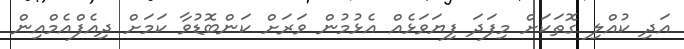
އަދި ކުއްލި ގޮތަކަށް މިފަދަ ފިޔަވަޅެއް އެޅުމުން ވަރަށް ކަންބޮޑުވާ ކަމަށް ދިއެފްއެމްއިން